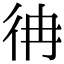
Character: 𢓒